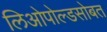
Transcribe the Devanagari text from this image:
लिओपोल्डसोबत